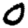
Digit: 0